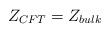
LaTeX: \begin{align*} Z_{CFT} = Z_{bulk} \end{align*}